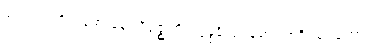
၉၅။ ပထဝိသမော နော ဝိရုဇ္ဈတိ၊ ဣန္ဒခိလုပမော တာဒိ သုဗ္ဗတော။